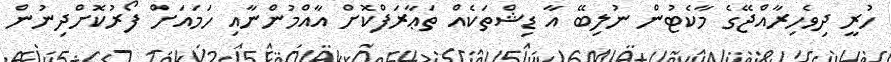
ހުރީ ދިވެހިރާއްޖޭގެ މާކެޓުން ނުލިބޭ އާ ޑިޝްތަކެއް ތަޢާރަފްކޮށް އާއްމުންނާއި ހަމައަށް ފޯރުކޮށްދިނުން